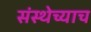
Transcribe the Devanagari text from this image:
संस्थेच्याच